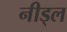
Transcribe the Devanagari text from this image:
नीड्ल